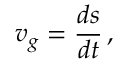
v _ { g } = \frac { d s } { d t } \, ,